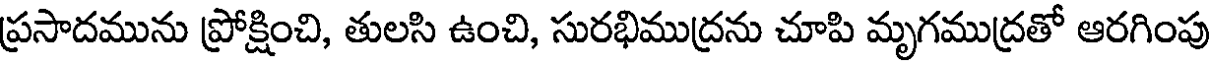
ప్రసాదమును ప్రోక్షించి, తులసి ఉంచి, సురభిముద్రను చూపి మృగముద్రతో ఆరగింపు